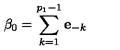
\beta _ { 0 } = \sum _ { k = 1 } ^ { p _ { 1 } - 1 } \mathbf { e } _ { - k }